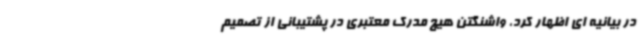
در بیانیه ای اظهار کرد، واشنگتن هیچ مدرک معتبری در پشتیبانی از تصمیم